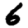
Digit: 6